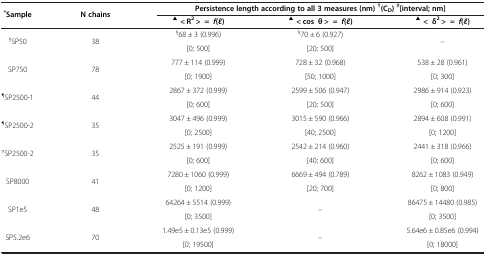
| <ROWSPAN=2> *Sample | <ROWSPAN=2> N chains | <COLSPAN=3> Persistence length according to all 3 measures (nm) †(CD) ‡[interval; nm] |
 | ▲< R2 > =f (l) | ▲< cos θ > =f (l) | ▲< δ2 > =f (l) |
 | --- | --- | --- | --- | --- |
 | <ROWSPAN=2> §SP50 | <ROWSPAN=2> 38 | §68 ± 3 (0.996) | §70 ± 6 (0.927) | <ROWSPAN=2> – |
 | [0; 500] | [20; 500] |
 | <ROWSPAN=2> SP750 | <ROWSPAN=2> 78 | 777 ± 114 (0.999) | 728 ± 32 (0.968) | 538 ± 28 (0.961) |
 | [0; 1900] | [50; 1000] | [0; 300] |
 | <ROWSPAN=2> ¶SP2500-1 | <ROWSPAN=2> 44 | 2867 ± 372 (0.999) | 2599 ± 506 (0.947) | 2986 ± 914 (0.923) |
 | [0; 600] | [20; 500] | [0; 600] |
 | <ROWSPAN=2> ¶SP2500-2 | <ROWSPAN=2> 35 | 3047 ± 496 (0.999) | 3015 ± 590 (0.966) | 2894 ± 608 (0.991) |
 | [0; 2500] | [40; 2500] | [0; 1200] |
 | <ROWSPAN=2> ¤SP2500-2 | <ROWSPAN=2> 35 | 2525 ± 191 (0.999) | 2542 ± 214 (0.960) | 2441 ± 318 (0.966) |
 | [0; 600] | [40; 600] | [0; 600] |
 | <ROWSPAN=2> SP8000 | <ROWSPAN=2> 41 | 7280 ± 1060 (0.999) | 6669 ± 494 (0.789) | 8262 ± 1083 (0.949) |
 | [0; 1200] | [20; 700] | [0; 800] |
 | <ROWSPAN=2> SP1e5 | <ROWSPAN=2> 48 | 64264 ± 5514 (0.999) | <ROWSPAN=2> – | 86475 ± 14480 (0.985) |
 | [0; 3500] | [0; 3500] |
 | <ROWSPAN=2> SP5.2e6 | <ROWSPAN=2> 70 | 1.49e5 ± 0.13e5 (0.999) | <ROWSPAN=2> – | 5.64e6 ± 0.85e6 (0.994) |
 | [0; 19500] | [0; 18000] |